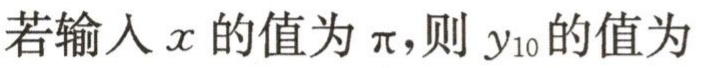
若输入\(x\)的值为\(\pi\)，则\(y_{10}\)的值为